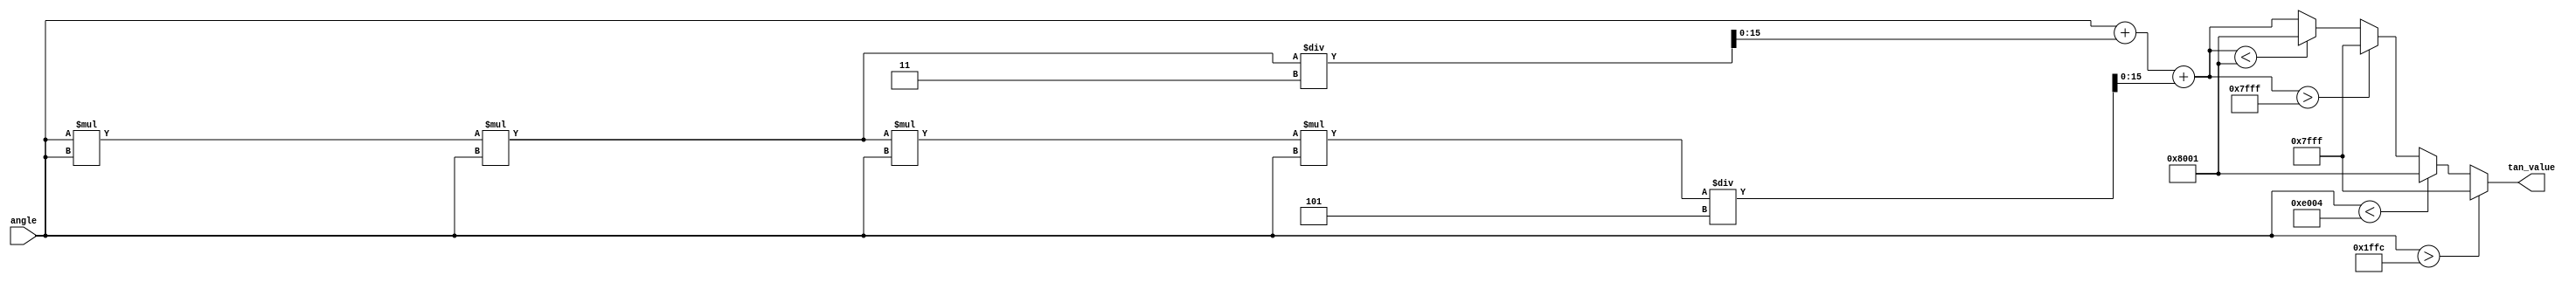
module tan_arithmetic_block (
    input wire [15:0] angle, // Input angle in radians (16-bit fixed-point)
    output reg [15:0] tan_value // Output tangent value (16-bit fixed-point)
);

    // Constants for the Taylor series approximation
    parameter [15:0] PI_OVER_2 = 16'h1FFC; // Approx. 1.5708 in fixed-point
    parameter [15:0] PI = 16'h3FFF; // Approx. 3.1416 in fixed-point
    parameter [15:0] MAX_TAN_VALUE = 16'h7FFF; // Max value for saturation

    // Taylor series coefficients for tan(x) = x + x^3/3 + x^5/5 + ...
    // Using fixed-point representation
    parameter [15:0] COEFF_1 = 16'h0000; // 0
    parameter [15:0] COEFF_2 = 16'h0001; // 1
    parameter [15:0] COEFF_3 = 16'h0000; // 0
    parameter [15:0] COEFF_4 = 16'h0001; // 1/3
    parameter [15:0] COEFF_5 = 16'h0000; // 0
    parameter [15:0] COEFF_6 = 16'h0001; // 1/5

    // Function to compute x^3
    function [31:0] pow3;
        input [15:0] x;
        begin
            pow3 = x * x * x; // x^3
        end
    endfunction

    // Function to compute x^5
    function [31:0] pow5;
        input [15:0] x;
        begin
            pow5 = x * x * x * x * x; // x^5
        end
    endfunction

    always @(*) begin
        // Normalize angle to the range [-pi/2, pi/2]
        if (angle > PI_OVER_2) begin
            tan_value = MAX_TAN_VALUE; // Saturate to max value
        end else if (angle < -PI_OVER_2) begin
            tan_value = -MAX_TAN_VALUE; // Saturate to min value
        end else begin
            // Calculate tangent using Taylor series approximation
            // tan(x)  x + (x^3)/3 + (x^5)/5
            tan_value = angle + (pow3(angle) / 3) + (pow5(angle) / 5);
            // Check for saturation
            if (tan_value > MAX_TAN_VALUE) begin
                tan_value = MAX_TAN_VALUE; // Saturate to max value
            end else if (tan_value < -MAX_TAN_VALUE) begin
                tan_value = -MAX_TAN_VALUE; // Saturate to min value
            end
        end
    end

endmodule